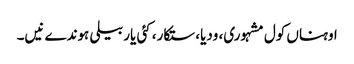
اوہناں کول مشہوری، ودیا، ستکار، کئی یار بیلی ہوندے نیں۔